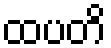
ထပတိ